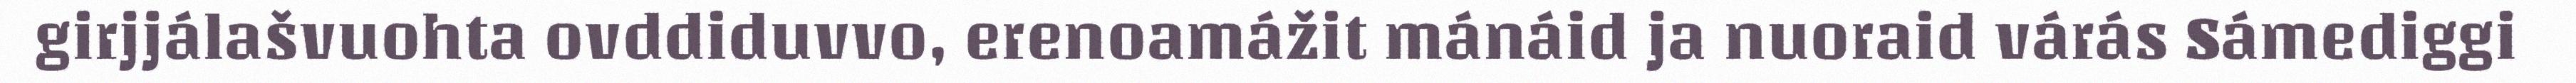
girjjálašvuohta ovddiduvvo, erenoamážit mánáid ja nuoraid várás Sámediggi